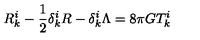
R _ { k } ^ { i } - \frac { 1 } { 2 } \delta _ { k } ^ { i } R - \delta _ { k } ^ { i } \Lambda = 8 \pi G T _ { k } ^ { i }